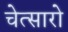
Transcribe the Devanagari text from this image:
चेत्सारो